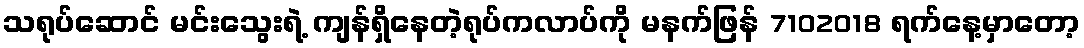
သရုပ်ဆောင် မင်းသွေးရဲ့ ကျန်ရှိနေတဲ့ရုပ်ကလာပ်ကို မနက်ဖြန် 7102018 ရက်နေ့မှာတော့